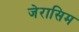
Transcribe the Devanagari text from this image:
जेरासिम